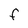
Character: F